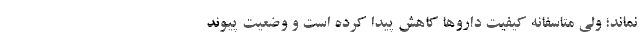
نماند؛ ولی متاسفانه کیفیت داروها کاهش پیدا کرده است و وضعیت پیوند